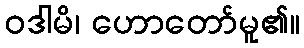
ဝဒါမိ၊ ဟောတော်မူ၏။